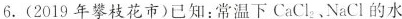
6. (2019年攀枝花市)已知：常温下CaC_{2}、NaCl的水